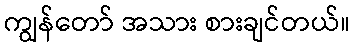
ကျွန်တော် အသား စားချင်တယ်။